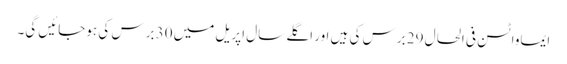
ایماواٹسن فی الحال 29 برس کی ہیں اور اگلے سال اپریل میں 30 برس کی ہوجائیں گی۔